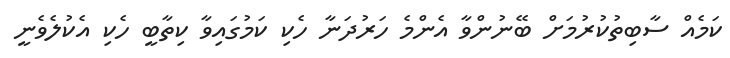
ކަމެއް ސާބިތުކުރުމަށް ބޭނުންވާ އެންމެ ހަރުދަނާ ހެކި ކަމުގައިވާ ކިތާބީ ހެކި އެކުލެވެނީ